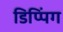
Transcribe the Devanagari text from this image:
डिप्पिंग